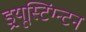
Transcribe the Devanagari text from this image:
ड्र्यूस्टिंग्न्टन